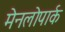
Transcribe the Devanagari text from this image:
मेनलोपार्क